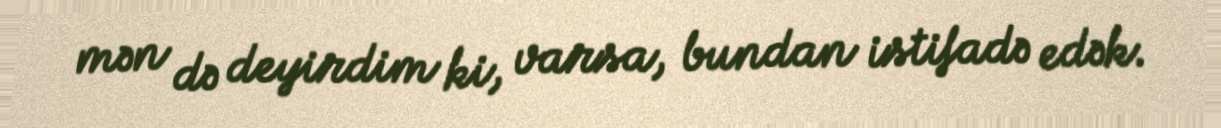
mən də deyirdim ki, varsa, bundan istifadə edək.